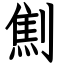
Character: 劁